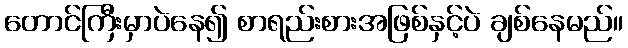
တောင်ကြီးမှာပဲနေ၍ စာရည်းစားအဖြစ်နှင့်ပဲ ချစ်နေမည်။